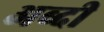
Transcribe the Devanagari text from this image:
अब्दी